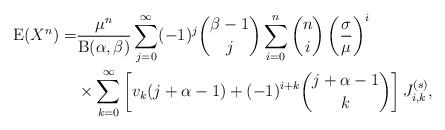
LaTeX: \begin{align*}\mathrm{E}(X^n)=&\frac{\mu^n}{\mathrm{B}(\alpha,\beta)}\sum_{j=0}^{\infty}(-1)^j\binom{\beta-1}{j}\sum_{i=0}^n\binom{n}{i}\left(\frac{\sigma}{\mu}\right)^i\\&\times\sum_{k=0}^\infty\left[v_k(j+\alpha-1)+(-1)^{i+k}\binom{j+\alpha-1}{k}\right]J_{i,k}^{(s)},\end{align*}